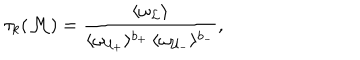
\tau _ { k } ( { \cal M } ) = \frac { \langle \omega _ { \cal L } \rangle } { \langle \omega _ { { \cal U } _ { + } } \rangle ^ { b _ { + } } \, \langle \omega _ { { \cal U } _ { - } } \rangle ^ { b _ { - } } } \mathrm { , }